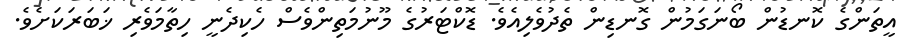
އީތަންގެ ކޮނޑުން ބޯނަގަމުން ގޮނޑިން ތެދުވެލިއެވެ. ޑޮކްޓަރުގެ މޫނުމަތިންވެސް ހެކިދެނީ ހިތާމަވެރި ޚަބަރަކަށެވެ.